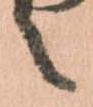
之